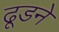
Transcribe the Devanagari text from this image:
ढूडने